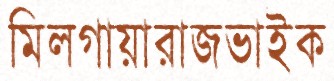
মিলগায়ারাজভাইক